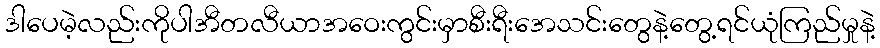
ဒါပေမဲ့လည်းကိုပါအီတလီယာအဝေးကွင်းမှာစီးရီးအေသင်းတွေနဲ့တွေ့ရင်ယုံကြည်မှုနဲ့